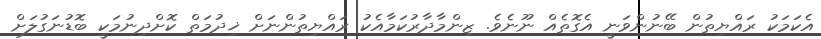
އެކަމަކު ރައްޔިތުން ބޭނުންވަނީ އެގޮތެއް ނޫނެވެ. ޒިންމާދާރުކަމާއެކު ރައްޔިތުންނަށް ޚިދުމަތް ކޮށްދިނުމަކީ ބޮޑުނަގުލަށް